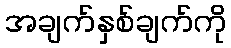
အချက်နှစ်ချက်ကို